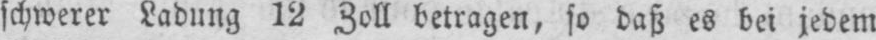
schwerer Ladung 12 Zoll betragen, so daß es bei jedem